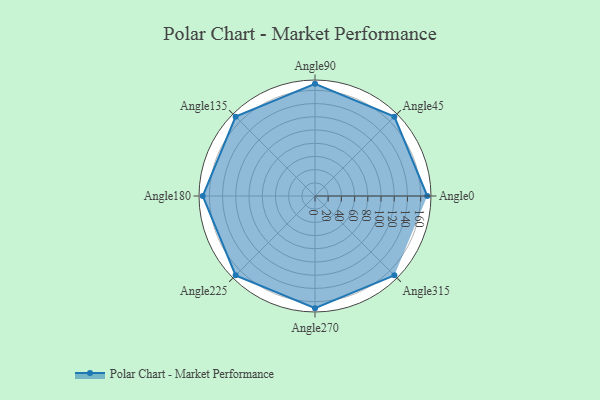
{"axis": {"x": "Angle", "y": "Radius"}, "legend": [""], "data": [{"x": "Angle0", "y": 170.0, "type": ""}, {"x": "Angle45", "y": 170, "type": ""}, {"x": "Angle90", "y": 170, "type": ""}, {"x": "Angle135", "y": 170, "type": ""}, {"x": "Angle180", "y": 170, "type": ""}, {"x": "Angle225", "y": 170, "type": ""}, {"x": "Angle270", "y": 170, "type": ""}, {"x": "Angle315", "y": 170, "type": ""}]}